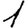
Digit: 1